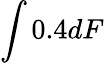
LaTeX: \int 0.4dF